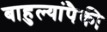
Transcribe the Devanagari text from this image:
बाहुल्यांपैकी